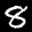
Label: 8